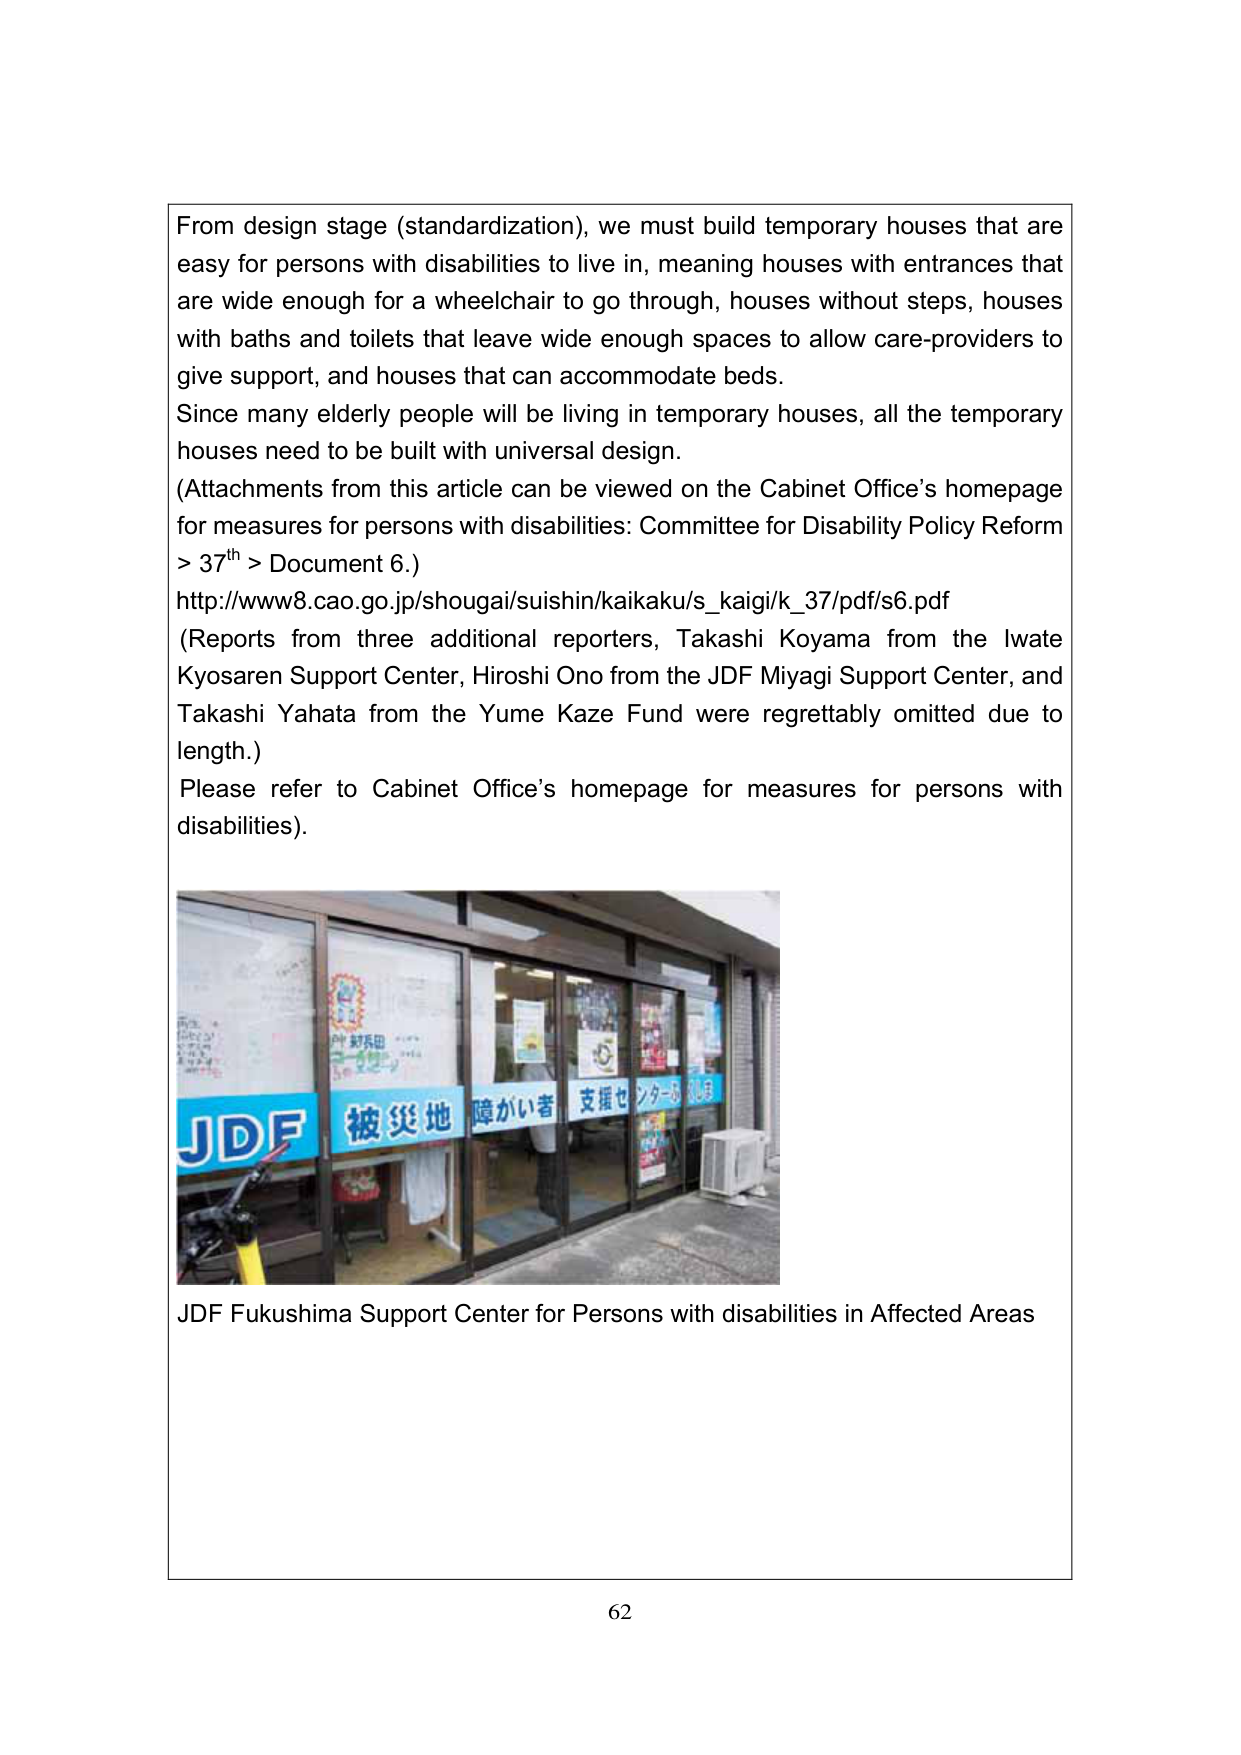
From design stage (standardization), we must build temporary houses that are easy for persons with disabilities to live in, meaning houses with entrances that are wide enough for a wheelchair to go through, houses without steps, houses with baths and toilets that leave wide enough spaces to allow care-providers to give support, and houses that can accommodate beds. Since many elderly people will be living in temporary houses, all the temporary houses need to be built with universal design. (Attachments from this article can be viewed on the Cabinet Office's homepage for measures for persons with disabilities: Committee for Disability Policy Reform > 37th > Document 6.) http://www8.cao.go.jp/shougai/suishin/kaikaku/s_kaigi/k_37/pdf/s6.pdf (Reports from three additional reporters, Takashi Koyama from the Iwate Kyosaren Support Center, Hiroshi Ono from the JDF Miyagi Support Center, and Takashi Yahata from the Yume Kaze Fund were regrettably omitted due to length.) Please refer to Cabinet Office's homepage for measures for persons with disabilities). JDF 被災地 障がい者 支援センターふくしま JDF Fukushima Support Center for Persons with disabilities in Affected Areas 62